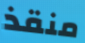
منقذ